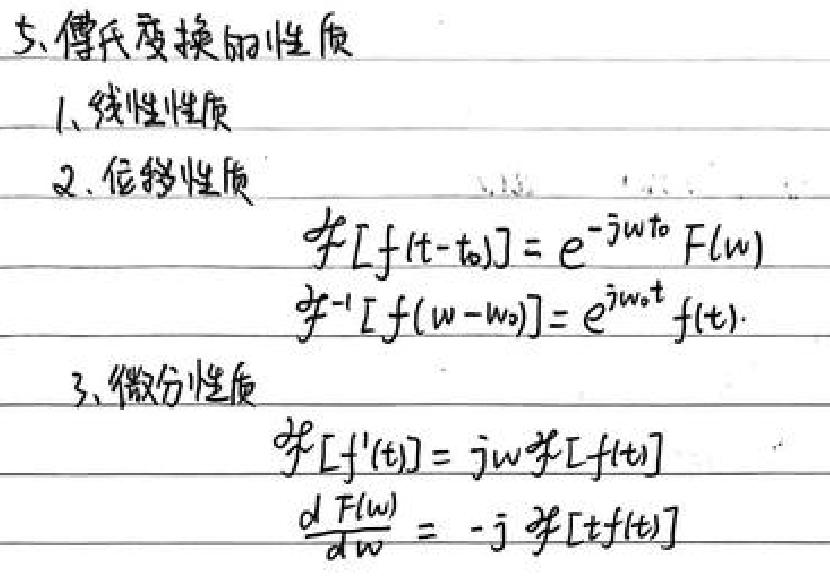
5、傅氏变换的性质
1、线性性质
2、位移性质
\[ \mathcal{F}[f(t - t_0)] = e^{-j\omega t_0}F(\omega) \]
\[ \mathcal{F}^{-1}[f(\omega - \omega_0)] = e^{j\omega_0 t}f(t) \]
3、微分性质
\[ \mathcal{F}[f'(t)] = j\omega\mathcal{F}[f(t)] \]
\[ \frac{dF(\omega)}{d\omega} = -j\mathcal{F}[tf(t)] \]